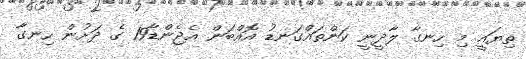
ތިޔައީ މި ހިނގާ ލާދީނީ ކަންތައްގަނޑު އޮއްބަން އެޖެންޑާ19 ގެ ދަށުން ހިނގާ